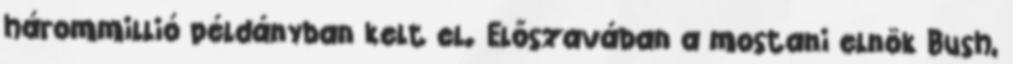
hárommillió példányban kelt el. Előszavában a mostani elnök Bush,